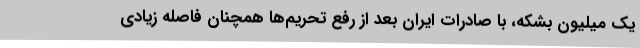
یک میلیون بشکه، با صادرات ایران بعد از رفع تحریم‌ها همچنان فاصله زیادی